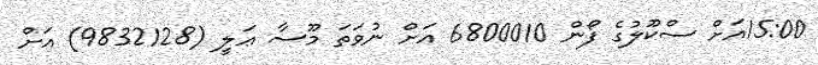
15:00އަށް ސްކޫލުގެ ފޯން 6800010 އަށް ނުވަތަ މޫސާ ޢަލީ (9832128) އަށް